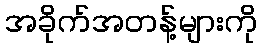
အခိုက်အတန့်များကို